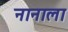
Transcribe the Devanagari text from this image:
नानाला